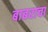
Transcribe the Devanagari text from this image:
बाबराचा